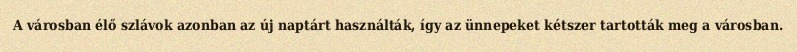
A városban élő szlávok azonban az új naptárt használták, így az ünnepeket kétszer tartották meg a városban.